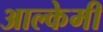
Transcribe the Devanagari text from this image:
आल्‍केमी